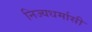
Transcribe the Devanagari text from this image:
निज्यधर्मासी